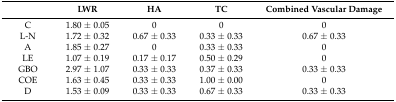
<table><thead><tr><td></td><td><b>LWR</b></td><td><b>HA</b></td><td><b>TC</b></td><td><b>Combined Vascular Damage</b></td></tr></thead><tbody><tr><td>C</td><td>1.80 ± 0.05</td><td>0</td><td>0</td><td>0</td></tr><tr><td>L-N</td><td>1.72 ± 0.32</td><td>0.67 ± 0.33</td><td>0.33 ± 0.33</td><td>0.67 ± 0.33</td></tr><tr><td>A</td><td>1.85 ± 0.27</td><td>0</td><td>0.33 ± 0.33</td><td>0</td></tr><tr><td>LE</td><td>1.07 ± 0.19</td><td>0.17 ± 0.17</td><td>0.50 ± 0.29</td><td>0</td></tr><tr><td>GBO</td><td>2.97 ± 1.07</td><td>0.33 ± 0.33</td><td>0.37 ± 0.33</td><td>0.33 ± 0.33</td></tr><tr><td>COE</td><td>1.63 ± 0.45</td><td>0.33 ± 0.33</td><td>1.00 ± 0.00</td><td>0</td></tr><tr><td>D</td><td>1.53 ± 0.09</td><td>0.33 ± 0.33</td><td>0.67 ± 0.33</td><td>0.33 ± 0.33</td></tr></tbody></table>